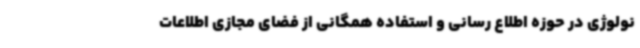
نولوژی در حوزه اطلاع رسانی و استفاده همگانی از فضای مجازی اطلاعات